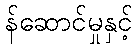
န်ဆောင်မှုနှင့်